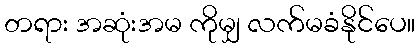
တရား အဆုံးအမ ကိုမျှ လက်မခံနိုင်ပေ။